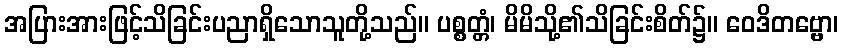
အပြားအားဖြင့်သိခြင်းပညာရှိသောသူတို့သည်။ ပစ္စတ္တံ၊ မိမိသို့၏သိခြင်းစိတ်၌။ ဝေဒိတဗ္ဗော၊